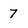
Character: 7